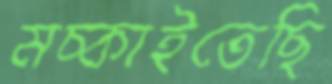
মচ্‌কাইতেছি